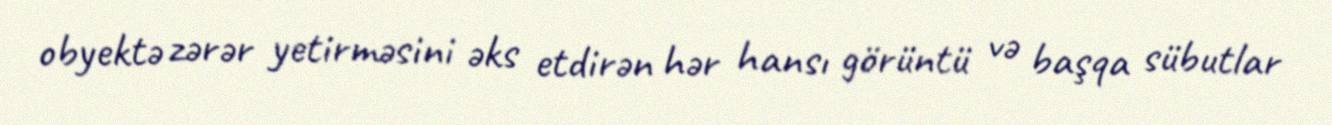
obyektə zərər yetirməsini əks etdirən hər hansı görüntü və başqa sübutlar